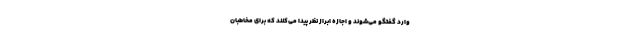
وارد گفتگو می‌شوند و اجازه ابراز نظر پیدا می‌کنند که برای مخاطبان